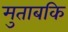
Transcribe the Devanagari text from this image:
मुताबकि